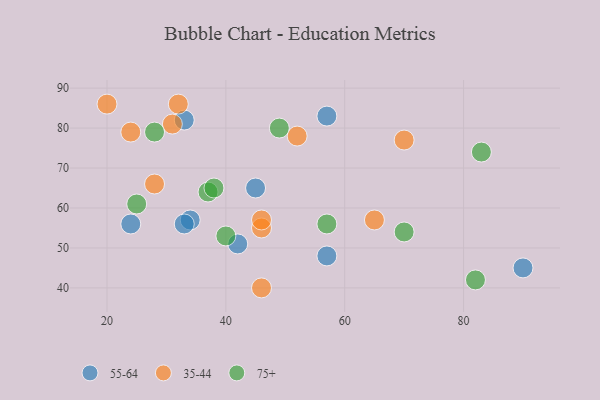
{"axis": {"x": "GDP", "y": "Life Expectancy"}, "legend": ["35-44", "55-64", "75+"], "data": [{"x": "57", "y": 48, "type": "55-64"}, {"x": "42", "y": 51, "type": "55-64"}, {"x": "34", "y": 57, "type": "55-64"}, {"x": "33", "y": 56, "type": "55-64"}, {"x": "90", "y": 45, "type": "55-64"}, {"x": "33", "y": 82, "type": "55-64"}, {"x": "24", "y": 56, "type": "55-64"}, {"x": "45", "y": 65, "type": "55-64"}, {"x": "57", "y": 83, "type": "55-64"}, {"x": "65", "y": 57, "type": "35-44"}, {"x": "46", "y": 55, "type": "35-44"}, {"x": "46", "y": 57, "type": "35-44"}, {"x": "70", "y": 77, "type": "35-44"}, {"x": "46", "y": 40, "type": "35-44"}, {"x": "28", "y": 66, "type": "35-44"}, {"x": "52", "y": 78, "type": "35-44"}, {"x": "24", "y": 79, "type": "35-44"}, {"x": "20", "y": 86, "type": "35-44"}, {"x": "31", "y": 81, "type": "35-44"}, {"x": "32", "y": 86, "type": "35-44"}, {"x": "28", "y": 79, "type": "75+"}, {"x": "25", "y": 61, "type": "75+"}, {"x": "82", "y": 42, "type": "75+"}, {"x": "37", "y": 64, "type": "75+"}, {"x": "83", "y": 74, "type": "75+"}, {"x": "40", "y": 53, "type": "75+"}, {"x": "38", "y": 65, "type": "75+"}, {"x": "49", "y": 80, "type": "75+"}, {"x": "57", "y": 56, "type": "75+"}, {"x": "70", "y": 54, "type": "75+"}]}